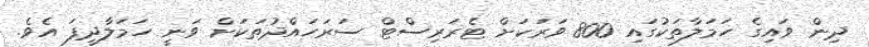
ދިން ވައިގެ ހަމަލާތަކުގައި 800 ވަރަކަށް ޓެރަރިސްޓް ސަރަހައްދުތަކަށް ވަނީ ހަމަލާދީފަ އެވެ.